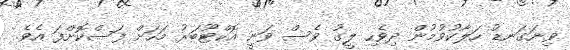
ވިނަގަނޑު ހަލާކުވުމުން ދިވެހި ލީގު ވެސް ވަނީ އޮކްޓޫބަރު މަހަށް ފަސްކޮށްފަ އެވެ.